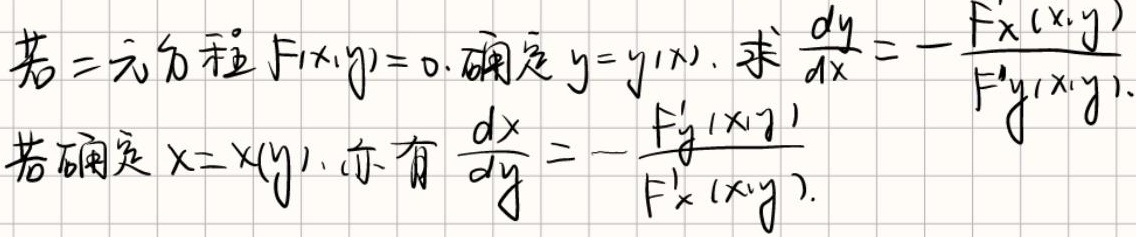
若二元方程$F(x,y)=0$确定$y = y(x)$，求$\frac{dy}{dx}=-\frac{F_x(x,y)}{F_y(x,y)}$。
若确定$x = x(y)$，亦有$\frac{dx}{dy}=-\frac{F_y(x,y)}{F_x(x,y)}$。